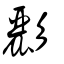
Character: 彲